Jaan_Tonisson_(Lasteleht), lk 276
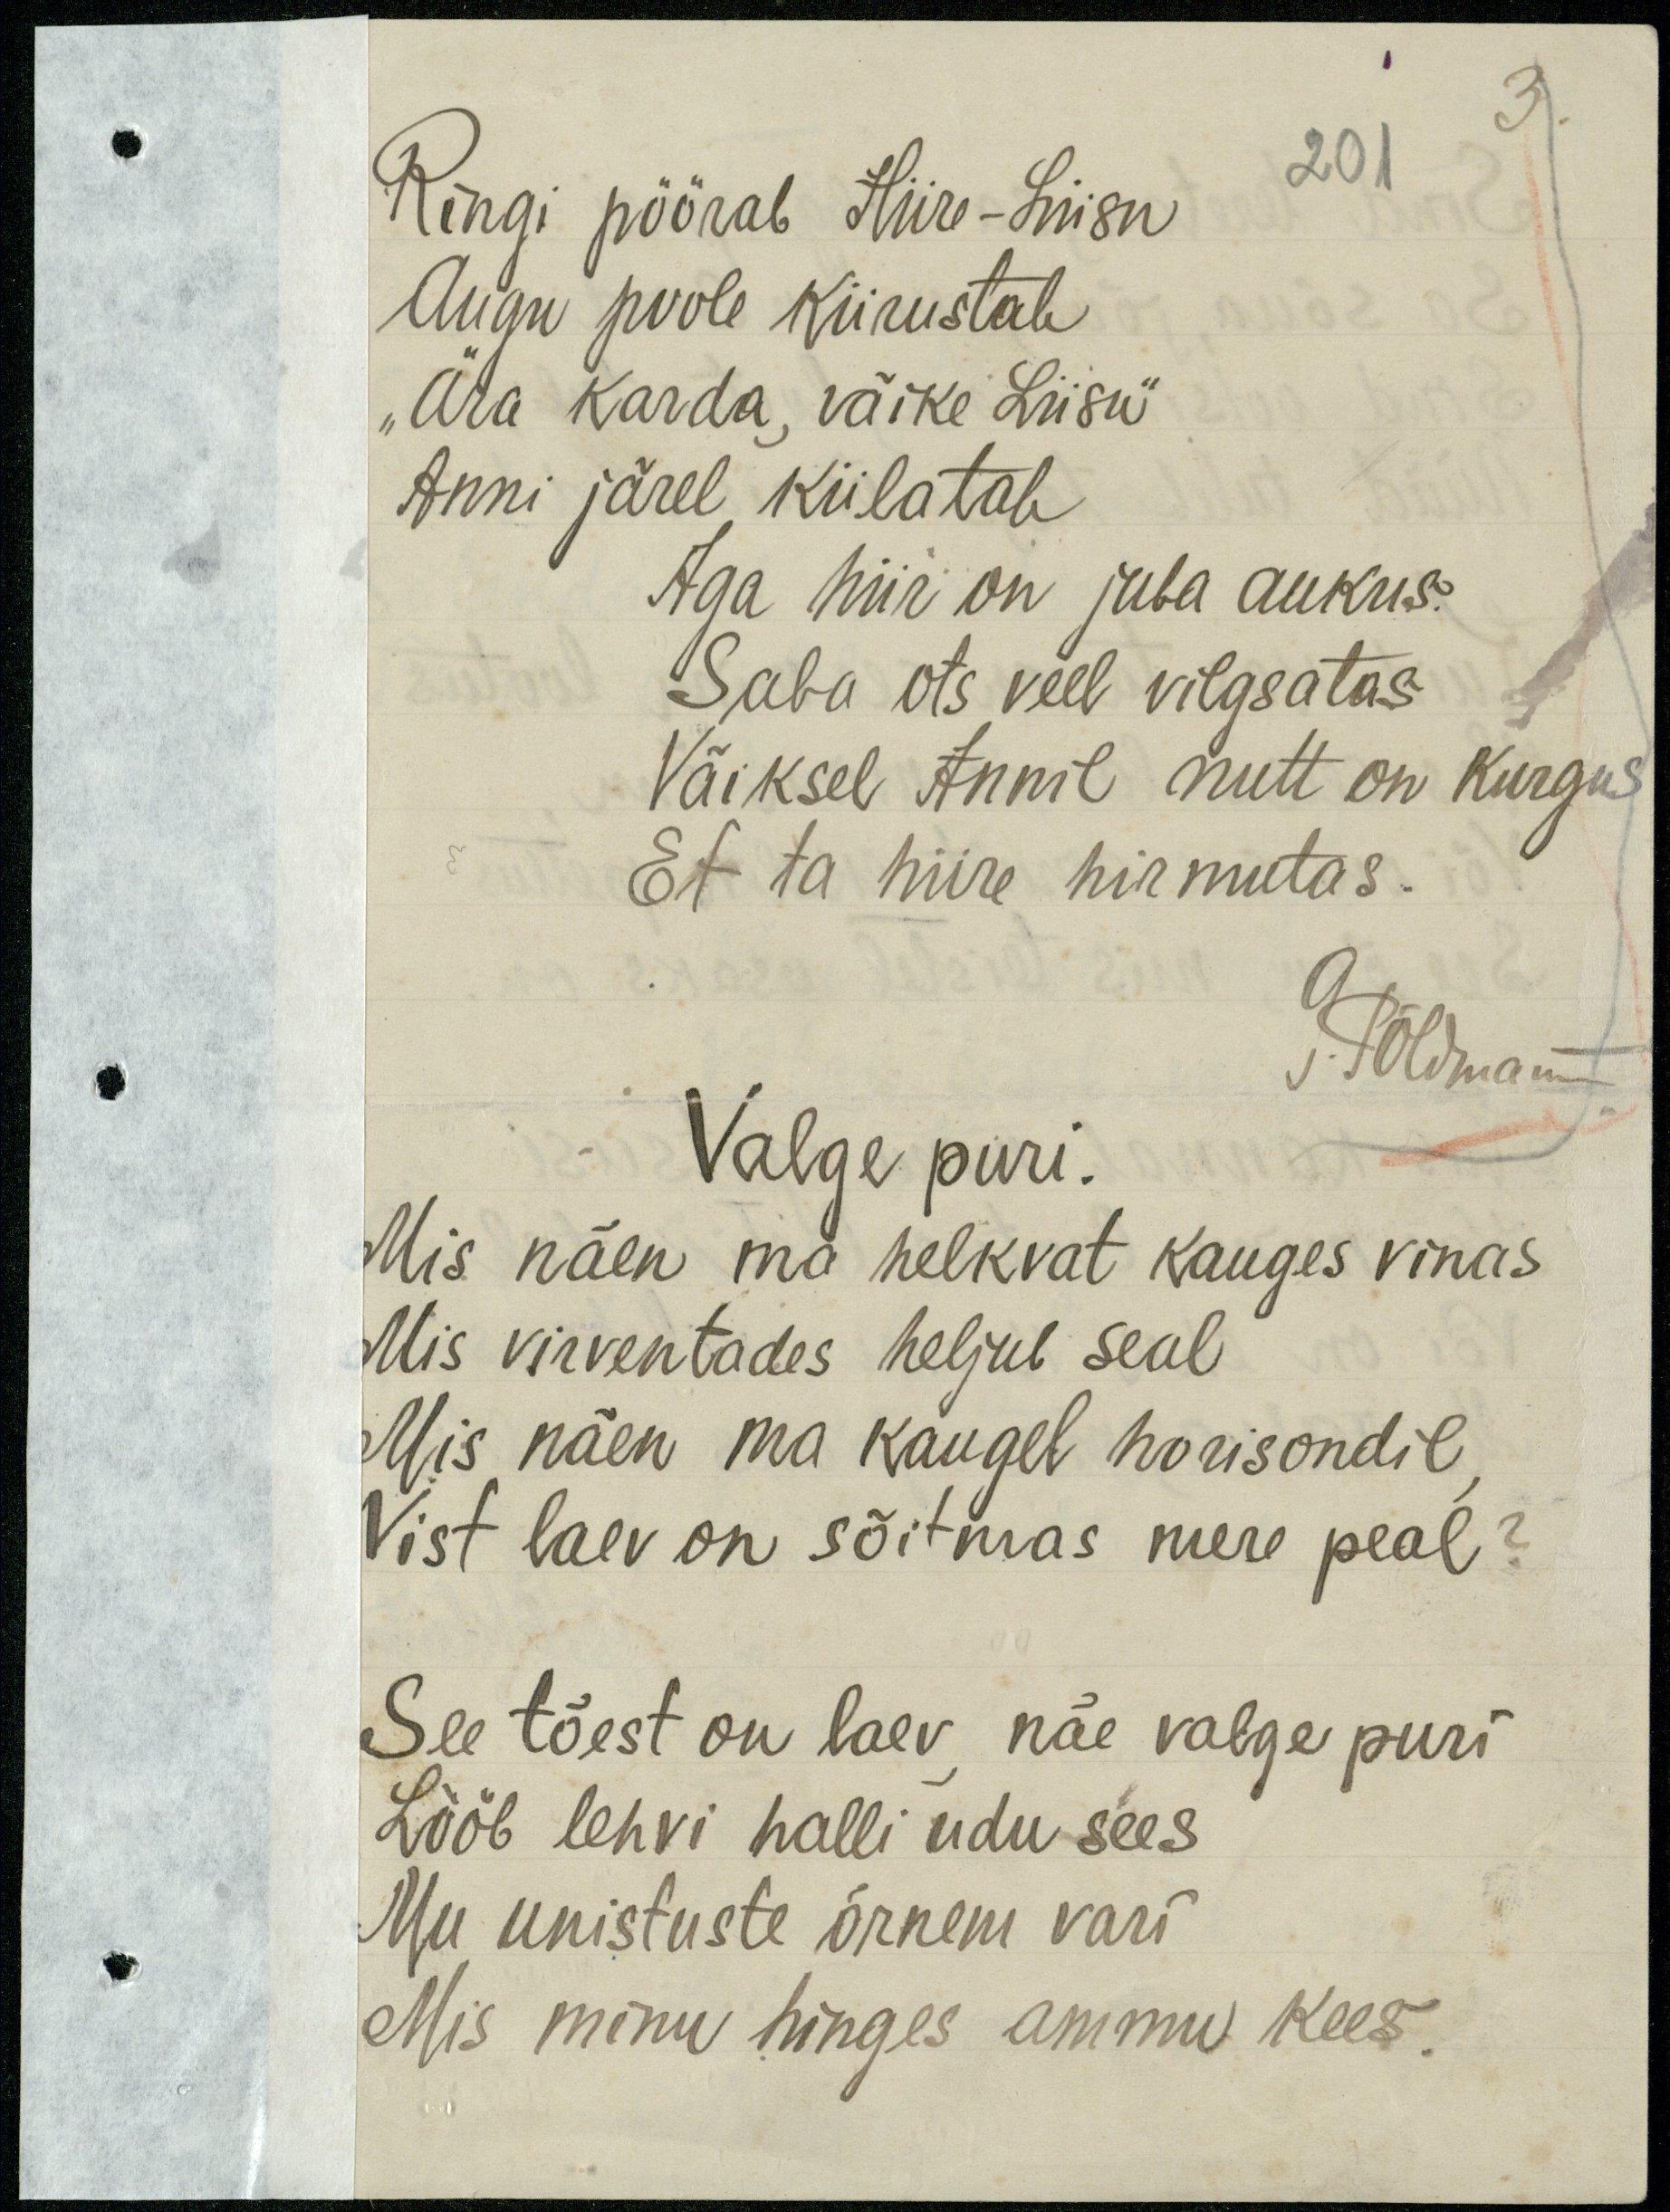
Ringi pöörab Hiire-Liisu
201
Augu poole kiirustab
„Ära karda, väike Liisu"
Anni järel kiilatab
Aga hiir on juba aukus.
Saba ots veel vilgsatas
Väiksel Annil nutt on kurgus
Et ta hiire hirmutas.
G. Põldmann
Valge puri.
Mis näen ma helkvat kauges vinas
Mis virventades heljub seal
Mis näen ma kaugel horisondil
Vist laev on sõitmas mere peal?
See tõest on laev näe valge puri,
Lööb lehvi halli udu sees
Mu unistuste õrnem vari
Mis minu hinges ammu kees.